Insane asylums in Bengal annual reports 1867-1875 - 1867-1875
Year: 1867
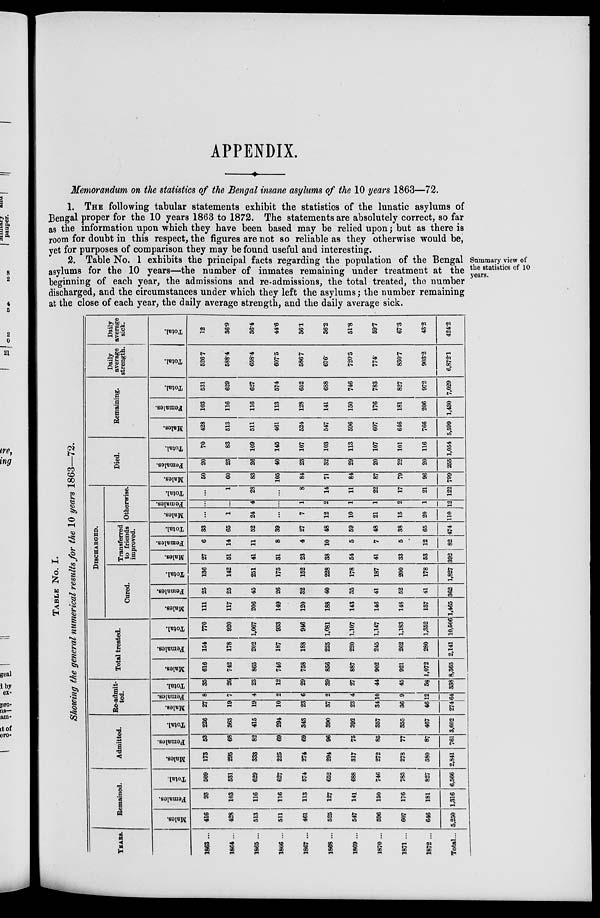
APPENDIX.
Memorandum on the statistics of the Bengal insane asylums of the 10 years 1863—72.
1. THE following tabular statements exhibit the statistics of the lunatic asylums of
Bengal proper for the 10 years 1863 to 1872. The statements are absolutely correct, so far
as the information upon which they have been based may be relied upon; but as there is
room for doubt in this respect, the figures are not so reliable as they otherwise would be,
yet for purposes of comparison they may be found useful and interesting.
Summary view of
the statistics of 10
years.
2. Table No. 1 exhibits the principal facts regarding the population of the Bengal
asylums for the 10 years—the number of inmates remaining under treatment at the
beginning of each year, the admissions and re-admissions, the total treated, the number
discharged, and the circumstances under which they left the asylums; the number remaining
at the close of each year, the daily average strength, and the daily average sick.
TABLE No. I.
Showing the general numerical results for the 10 years 1863—72.
YEARS.
1863 ...
1864 ...
1865 ...
1866 ...
1867 ...
1868 ...
1869 ...
1870 ...
1871 ...
1872 ...
Total...
Remained.
Males.
416
428
513
511
461
525
547
596
607
646
5,250
Females.
93
103
116
116
113
127
141
150
176
181
1,316
Total.
509
531
629
627
574
652
688
746
783
827
6,566
Admitted.
Males.
173
295
333
225
274
294
317
272
278
380
2,841
Females.
53
68
82
69
69
96
75
85
77
87
761
Total.
226
363
415
294
343
390
392
357
355
467
3,602
Re-admit-
ted.
Males.
27
19
19
10
23
37
23
34
36
46
274
Females.
8
7
4
2
6
2
4
10
9
12
64
Total.
35
26
23
12
29
39
27
44
45
58
338
Total treated.
Males.
616
742
865
746
758
856
887
902
921
1,072
8,365
Females.
154
178
202
187
188
225
220
245
262
280
2,141
Total.
770
920
1,067
933
946
1,081
1,107
1,147
1,183
1,352
10,506
DISCHARGED.
Cured.
Males.
111
117
206
149
120
188
143
146
148
137
1,465
Females.
25
25
45
26
32
40
35
41
52
41
362
Total.
136
142
251
175
152
228
178
187
200
178
1,827
Transferred
to friends
improved.
Males.
27
51
41
31
23
38
54
41
33
53
392
Females.
6
14
11
8
4
10
5
7
5
12
82
Total.
33
65
52
39
27
48
59
48
38
65
474
Otherwise.
Males.
...
1
24
...
7
12
10
21
15
20
110
Females.
...
...
4
...
1
2
1
1
2
1
12
Total.
...
1
28
...
8
14
11
22
17
21
122
Died.
Males.
50
60
83
105
84
71
84
87
79
96
799
Females.
20
23
26
40
23
32
29
20
22
20
255
Total.
70
83
109
145
107
103
113
107
101
116
1,054
Remaining.
Males.
428
513
511
461
524
547
596
607
646
766
5,599
Females.
103
116
116
113
128
141
150
176
181
206
1,430
Total.
531
629
627
574
652
688
746
783
827
972
7,029
Daily
average
strength.
Total.
526.7
588.4
658.4
607.5
586.7
676.
720.5
774.
830.7
903.2
6,872.1
Daily
average
sick.
Total.
12
36.9
36.4
44.6
36.1
36.2
51.8
59.7
67.3
43.2
424.2